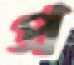
প্র